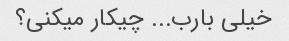
خیلی بارب... چیکار میکنی؟